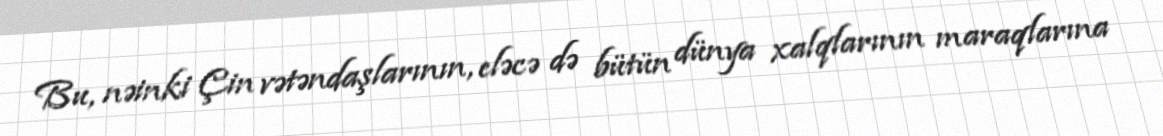
Bu, nəinki Çin vətəndaşlarının, eləcə də bütün dünya xalqlarının maraqlarına